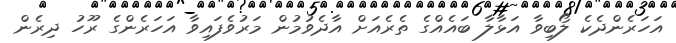
އަހަރެންދެކެ ލޯބިވާ އަޅާލާ ބައެއްގެ ތެރެއަށް އާދެވުމުން މަރުވެފައިވާ އަހަރެންގެ ރޫހު ދިރެން